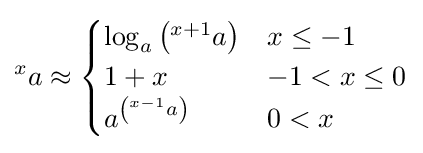
{}^{x}a\approx {\begin{cases}\log _{a}\left(^{x+1}a\right)&x\leq -1\\1+x&-1<x\leq 0\\a^{\left(^{x-1}a\right)}&0<x\end{cases}}